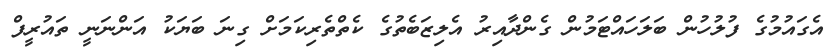
އެގައުމުގެ ފުލުހުން ބަލަހައްޓަމުން ގެންދާއިރު އެލިޒަބެތުގެ ކެތްތެރިކަމަށް ގިނަ ބަޔަކު އަންނަނީ ތައުރީފް